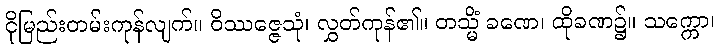
ငိုမြည်းတမ်းကုန်လျက်။ ဝိဿဇ္ဇေသုံ၊ လွှတ်ကုန်၏။ တသ္မိံ ခဏေ၊ ထိုခဏ၌။ သက္ကော၊